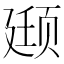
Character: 颋